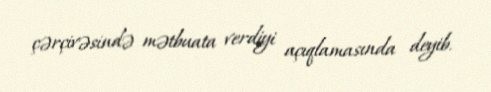
çərçivəsində mətbuata verdiyi açıqlamasında deyib.